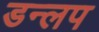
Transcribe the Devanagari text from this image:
डन्लप